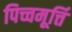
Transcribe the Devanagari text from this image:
पिच्चमूर्त्ति